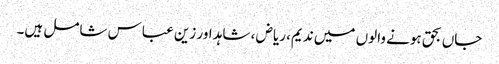
جاں بحق ہونے والوں میں ندیم، ریاض ، شاہد اور زین عباس شامل ہیں۔